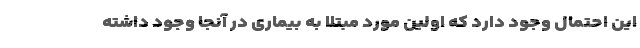
این احتمال وجود دارد که اولین مورد مبتلا به بیماری در آنجا وجود داشته